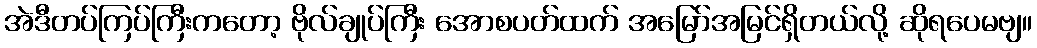
အဲဒီတပ်ကြပ်ကြီးကတော့ ဗိုလ်ချုပ်ကြီး အောစပတ်ထက် အမြော်အမြင်ရှိတယ်လို့ ဆိုရပေမဗျ။